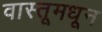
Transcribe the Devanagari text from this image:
वास्तूमधून